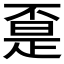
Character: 𱍤